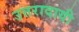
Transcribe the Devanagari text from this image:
उत्तरादायी